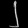
Digit: ၂